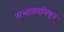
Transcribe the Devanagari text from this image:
सभासदांमधून